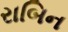
રાબિન